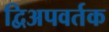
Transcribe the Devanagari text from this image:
द्विअपवर्तक